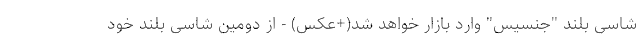
شاسی بلند "جنسیس" وارد بازار خواهد شد(+عکس) - از دومین شاسی بلند خود